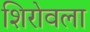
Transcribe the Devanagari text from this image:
शिरोवला